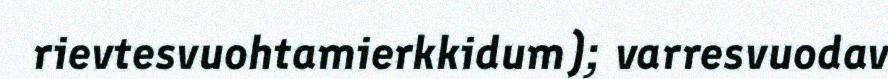
rievtesvuohtamierkkidum); varresvuodav